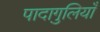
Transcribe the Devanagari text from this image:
पादागुलियाँ